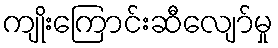
ကျိုးကြောင်းဆီလျော်မှု